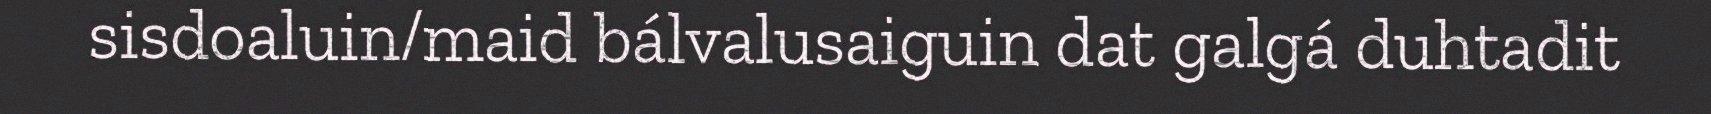
sisdoaluin/maid bálvalusaiguin dat galgá duhtadit